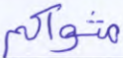
مثواكم